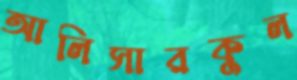
আলিসারকুল